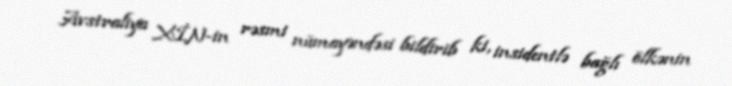
Avstraliya XİN-in rəsmi nümayəndəsi bildirib ki, insidentlə bağlı ölkənin